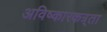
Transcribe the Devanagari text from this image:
अविष्कारकत्र्ता